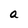
Character: a